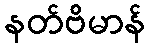
နတ်ဗိမာန်